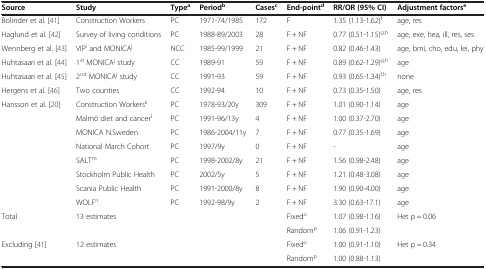
<table><thead><tr><td><b>Source</b></td><td><b>Study</b></td><td><b>Type<sup>a</sup></b></td><td><b>Period<sup>b</sup></b></td><td><b>Cases<sup>c</sup></b></td><td><b>End-point<sup>d</sup></b></td><td><b>RR/OR (95% CI)</b></td><td><b>Adjustment factors<sup>e</sup></b></td></tr></thead><tbody><tr><td>Bolinder et al. [41]</td><td>Construction Workers</td><td>PC</td><td>1971-74/1985</td><td>172</td><td>F</td><td>1.35 (1.13-1.62)<sup>f</sup></td><td>age, res</td></tr><tr><td>Haglund et al. [42]</td><td>Survey of living conditions</td><td>PC</td><td>1988-89/2003</td><td>28</td><td>F + NF</td><td>0.77 (0.51-1.15)<sup>g,h</sup></td><td>age, exe, hea, ill, res, ses</td></tr><tr><td>Wennberg et al. [43]</td><td>VIP<sup>i</sup> and MONICA<sup>j</sup></td><td>NCC</td><td>1985-99/1999</td><td>21</td><td>F + NF</td><td>0.82 (0.46-1.43)</td><td>age, bmi, cho, edu, lei, phy</td></tr><tr><td>Huhtasaari et al. [44]</td><td>1<sup>st</sup> MONICA<sup>j</sup> study</td><td>CC</td><td>1989-91</td><td>59</td><td>F + NF</td><td>0.89 (0.62-1.29)<sup>g,h</sup></td><td>age</td></tr><tr><td>Huhtasaari et al. [45]</td><td>2<sup>nd</sup> MONICA<sup>j</sup> study</td><td>CC</td><td>1991-93</td><td>59</td><td>F + NF</td><td>0.93 (0.65-1.34)<sup>f,h</sup></td><td>none</td></tr><tr><td>Hergens et al. [46]</td><td>Two counties</td><td>CC</td><td>1992-94</td><td>10</td><td>F + NF</td><td>0.73 (0.35-1.50)</td><td>age, res</td></tr><tr><td>Hansson et al. [20]</td><td>Construction Workers<sup>k</sup></td><td>PC</td><td>1978-93/20y</td><td>309</td><td>F + NF</td><td>1.01 (0.90-1.14)</td><td>age</td></tr><tr><td> </td><td>Malmö diet and cancer<sup>l</sup></td><td>PC</td><td>1991-96/13y</td><td>4</td><td>F + NF</td><td>1.00 (0.37-2.70)</td><td>age</td></tr><tr><td> </td><td>MONICA N.Sweden</td><td>PC</td><td>1986-2004/11y</td><td>7</td><td>F + NF</td><td>0.77 (0.35-1.69)</td><td>age</td></tr><tr><td> </td><td>National March Cohort</td><td>PC</td><td>1997/9y</td><td>0</td><td>F + NF</td><td>-</td><td>age</td></tr><tr><td> </td><td>SALT<sup>m</sup></td><td>PC</td><td>1998-2002/8y</td><td>21</td><td>F + NF</td><td>1.56 (0.98-2.48)</td><td>age</td></tr><tr><td> </td><td>Stockholm Public Health</td><td>PC</td><td>2002/5y</td><td>5</td><td>F + NF</td><td>1.21 (0.48-3.08)</td><td>age</td></tr><tr><td> </td><td>Scania Public Health</td><td>PC</td><td>1991-2000/8y</td><td>8</td><td>F + NF</td><td>1.90 (0.90-4.00)</td><td>age</td></tr><tr><td> </td><td>WOLF<sup>n</sup></td><td>PC</td><td>1992-98/9y</td><td>2</td><td>F + NF</td><td>3.30 (0.63-17.1)</td><td>age</td></tr><tr><td>Total</td><td>13 estimates</td><td> </td><td> </td><td> </td><td>Fixed<sup>o</sup></td><td>1.07 (0.98-1.16)</td><td>Het p = 0.06</td></tr><tr><td> </td><td> </td><td> </td><td> </td><td> </td><td>Random<sup>p</sup></td><td>1.06 (0.91-1.23)</td><td> </td></tr><tr><td>Excluding [41]</td><td>12 estimates</td><td> </td><td> </td><td> </td><td>Fixed<sup>o</sup></td><td>1.00 (0.91-1.10)</td><td>Het p = 0.34</td></tr><tr><td> </td><td> </td><td> </td><td> </td><td> </td><td>Random<sup>p</sup></td><td>1.00 (0.88-1.13)</td><td> </td></tr></tbody></table>